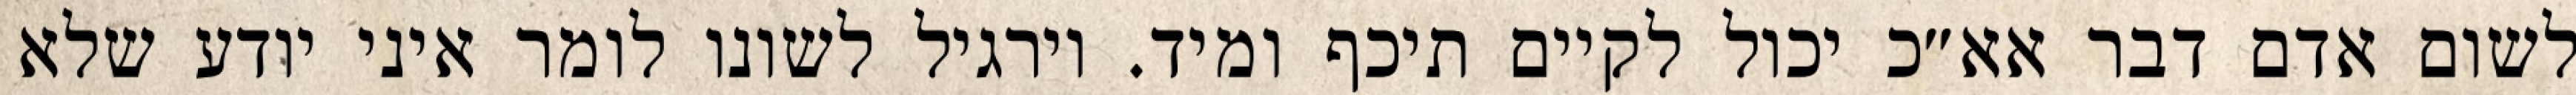
לשום אדם דבר אא״כ יכול לקיים תיכף ומיד. וירגיל לשונו לומר איני יודע שלא